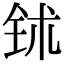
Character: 𬬸